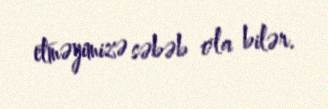
etməyimizə səbəb ola bilər.